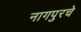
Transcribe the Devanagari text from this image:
नागपुरचे